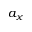
a _ { x }